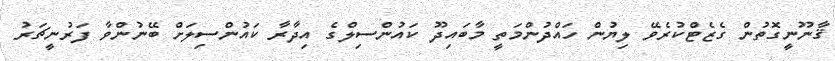
ޤާނޫނީގޮތުން ގެޒެޓްކުރެވޭ ލިޔުން ހައްދުންމަތީ މާބައިދޫ ކައުންސިލްގެ އިދާރާ ކައުންސިލަށް ބޭނުންވާ ފަރުނީޗަރު